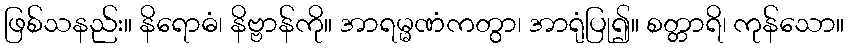
ဖြစ်သနည်း။ နိရောဓံ၊ နိဗ္ဗာန်ကို။ အာရမ္မဏံကတွာ၊ အာရုံပြု၍။ စတ္တာရိ၊ ကုန်သော။